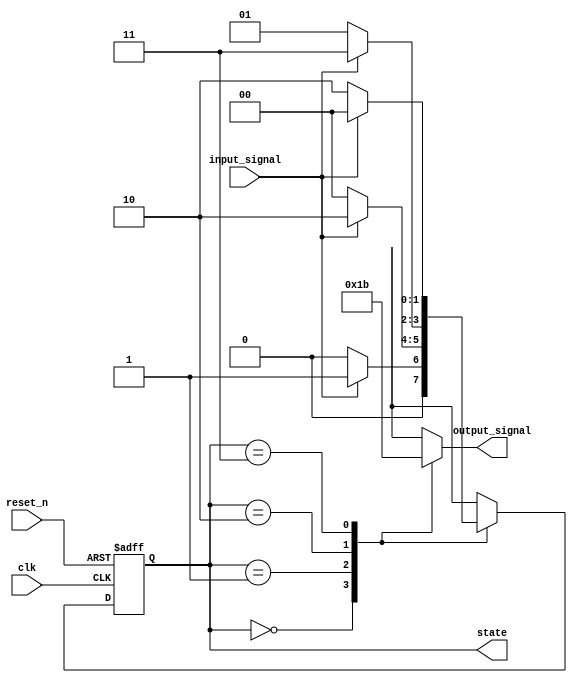
module moore_fsm (
    input wire clk,                  // Clock signal
    input wire reset_n,              // Asynchronous active-low reset
    input wire input_signal,         // Input signal for state transitions
    output reg [1:0] state,         // Current state
    output reg [1:0] output_signal   // Output signal based on current state
);

// State encoding
localparam STATE_0 = 2'b00;
localparam STATE_1 = 2'b01;
localparam STATE_2 = 2'b10;
localparam STATE_3 = 2'b11;

// State transition logic
always @(posedge clk or negedge reset_n) begin
    if (!reset_n) begin
        state <= STATE_0; // Asynchronous reset to STATE_0
    end else begin
        case (state)
            STATE_0: begin
                if (input_signal) begin
                    state <= STATE_1; // Transition to STATE_1
                end else begin
                    state <= STATE_0; // Stay in STATE_0
                end
            end
            STATE_1: begin
                if (input_signal) begin
                    state <= STATE_2; // Transition to STATE_2
                end else begin
                    state <= STATE_0; // Transition back to STATE_0
                end
            end
            STATE_2: begin
                if (input_signal) begin
                    state <= STATE_3; // Transition to STATE_3
                end else begin
                    state <= STATE_1; // Transition back to STATE_1
                end
            end
            STATE_3: begin
                if (input_signal) begin
                    state <= STATE_0; // Transition back to STATE_0
                end else begin
                    state <= STATE_2; // Transition back to STATE_2
                end
            end
            default: state <= STATE_0; // Default state
        endcase
    end
end

// Output logic based on the current state
always @(*) begin
    case (state)
        STATE_0: output_signal = 2'b00; // Output for STATE_0
        STATE_1: output_signal = 2'b01; // Output for STATE_1
        STATE_2: output_signal = 2'b10; // Output for STATE_2
        STATE_3: output_signal = 2'b11; // Output for STATE_3
        default: output_signal = 2'b00; // Default output
    endcase
end

endmodule